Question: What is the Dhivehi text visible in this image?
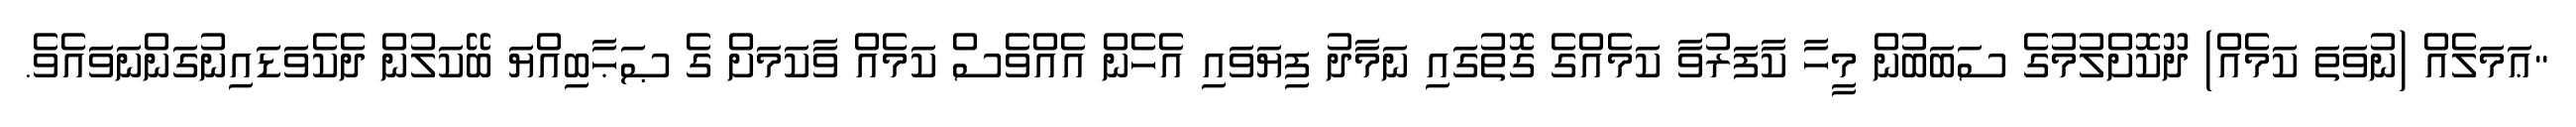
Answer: "ޢަމަލެއް (ނުވަތަ ކަމެއް) ދޫކޮށްލުމުގެ ސަބަބުން މީހާ ކާފަރުވާ ކަމެއްގެ ގޮތުގައި ނަމާދު ފިޔަވައި އެހެން އެއްވެސް ކަމެއް ވާކަމަށް ގެ ޞަޙާބިއްޔަ ބޭކަލުން ދެކެވަޑައިނުގަންނަވައެވެ.